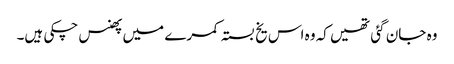
وہ جان گئی تھیں کہ وہ اس یخ بستہ کمرے میں پھنس چکی ہیں۔